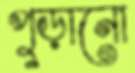
পুড়ানো